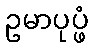
ဥမာပုပ္ဖံ